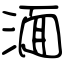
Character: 湎